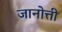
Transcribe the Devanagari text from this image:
जानोत्ती